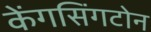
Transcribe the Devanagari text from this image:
केंगसिंगटोन